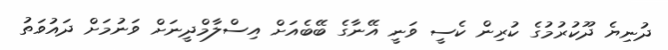
ދުނިޔެ ދޫކުރުމުގެ ކުރިން ކެސީ ވަނީ އޭނާގެ ބޭބެއަށް އިސްލާމްދީނަށް ވަނުމަށް ދައުވަތު